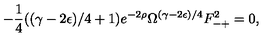
- \frac { 1 } { 4 } ( ( \gamma - 2 \epsilon ) / 4 + 1 ) e ^ { - 2 \rho } \Omega ^ { ( \gamma - 2 \epsilon ) / 4 } F _ { - + } ^ { 2 } = 0 ,